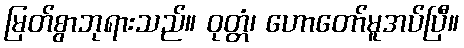
မြတ်စွာဘုရားသည်။ ဝုတ္တံ၊ ဟောတော်မူအပ်ပြီ။